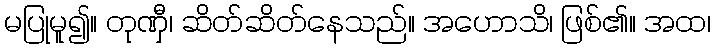
မပြုမူ၍။ တုဏှီ၊ ဆိတ်ဆိတ်နေသည်။ အဟောသိ၊ ဖြစ်၏။ အထ၊